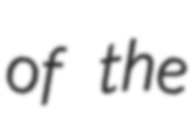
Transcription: of the